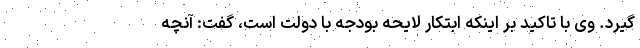
گیرد. وی با تاکید بر اینکه ابتکار لایحه بودجه با دولت است، گفت: آنچه